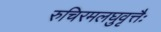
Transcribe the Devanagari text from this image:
रुचिरमलघुवृत्तैः